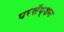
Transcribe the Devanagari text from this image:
परसॅप्शन